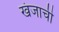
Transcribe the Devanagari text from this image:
खंजाची